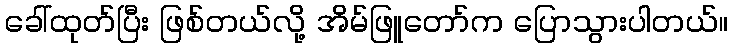
ခေါ်ထုတ်ပြီး ဖြစ်တယ်လို့ အိမ်ဖြူတော်က ပြောသွားပါတယ်။